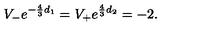
V _ { - } e ^ { - \frac { 4 } { 3 } d _ { 1 } } = V _ { + } e ^ { \frac { 4 } { 3 } d _ { 2 } } = - 2 .